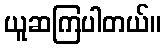
ယူဆကြပါတယ်။